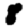
Digit: 8